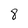
Character: 8